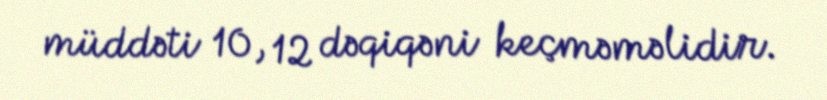
müddəti 10, 12 dəqiqəni keçməməlidir.